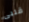
قلبى